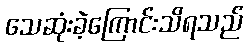
သေဆုံးခဲ့ကြောင်းသိရသည်